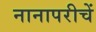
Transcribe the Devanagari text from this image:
नानापरीचें